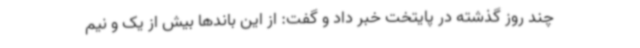
چند روز گذشته در پایتخت خبر داد و گفت: از این باندها بیش از یک و نیم